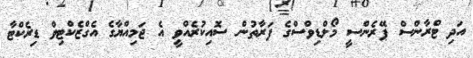
އަދި ޓްރާންސް ޕޭރެންސީ މޯލްޑިވްސްގެ ފަރާތުން ސޮއިކުރެއްވީ އެ ޖަމިއްޔާގެ އެގްޒެކްޓިވް ޑިރެކްޓާ